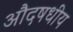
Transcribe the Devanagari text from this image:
औदषधीय